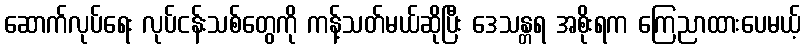
ဆောက်လုပ်ရေး လုပ်ငန်းသစ်တွေကို ကန့်သတ်မယ်ဆိုပြီး ဒေသန္တရ အစိုးရက ကြေညာထားပေမယ့်